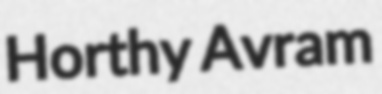
Horthy Avram